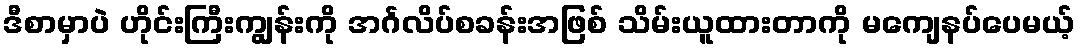
ဒီစာမှာပဲ ဟိုင်းကြီးကျွန်းကို အင်္ဂလိပ်စခန်းအဖြစ် သိမ်းယူထားတာကို မကျေနပ်ပေမယ့်